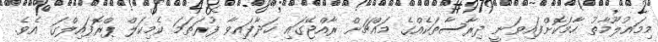
މިމައުލޫމާތު ހާމަކޮށްފައިވަނީ ދިރާސާތަކެއްގެ މައްޗަށް ރާއްޖޭގައި ހަދާފައިވާ ފުރަތަމަ ކެމިކަލް ޕްރޮފައިލްގަ އެވެ.